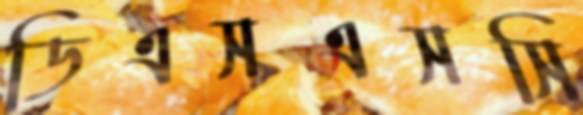
ডিএসএসসি